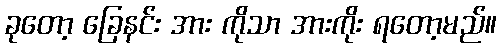
ခုတော့ ခြေနင်း အား ကိုသာ အားကိုး ရတော့မည်။